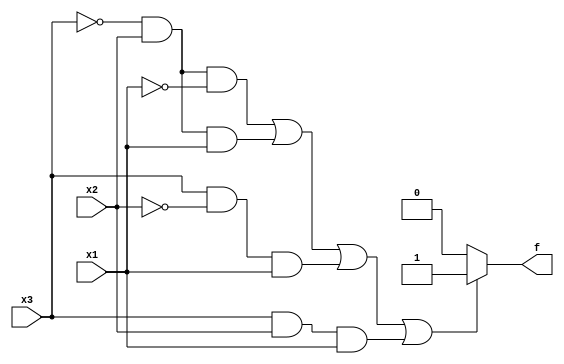
module top_module( 
    input x3,
    input x2,
    input x1,  // three inputs
    output f   // one output
);
    always@(*) begin
    	if((~x3&x2&~x1) | (~x3&x2&x1) | (x3&~x2&x1) | (x3&x2&x1)) f = 1;
    	else f = 0;
    end

endmodule